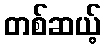
တစ်ဆယ့်